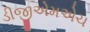
ડીજીએમએચ